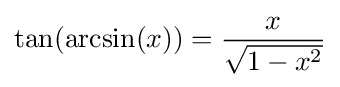
\tan(\arcsin(x))={\frac {x}{\sqrt {1-x^{2}}}}